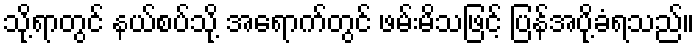
သို့ရာတွင် နယ်စပ်သို့ အရောက်တွင် ဖမ်းမိသဖြင့် ပြန်အပို့ခံရသည်။